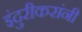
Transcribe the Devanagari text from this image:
इंदुरीकरांनी